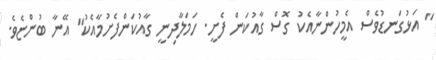
" އަޅުގަނޑުވެސް އެމީހުންނާއެކު ގޮސް ގާއުކަން ފެށީ. ހަމަލާދިނީ ގާއުކަންފެށުމާއެކު" އޭނާ ބުންޏެވެ.